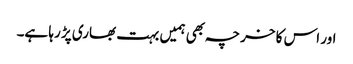
اور اس کا خرچہ بھی ہمیں بہت بھاری پڑ رہا ہے۔